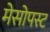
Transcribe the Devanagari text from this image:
मेसोपस्ट